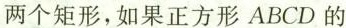
两个矩形，如果正方形ABCD的